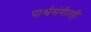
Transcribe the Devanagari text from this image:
पार्श्वसंगीतही